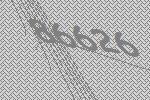
86626